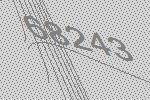
68243